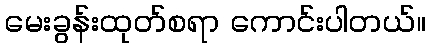
မေးခွန်းထုတ်စရာ ကောင်းပါတယ်။